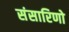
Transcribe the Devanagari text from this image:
संसारिणो